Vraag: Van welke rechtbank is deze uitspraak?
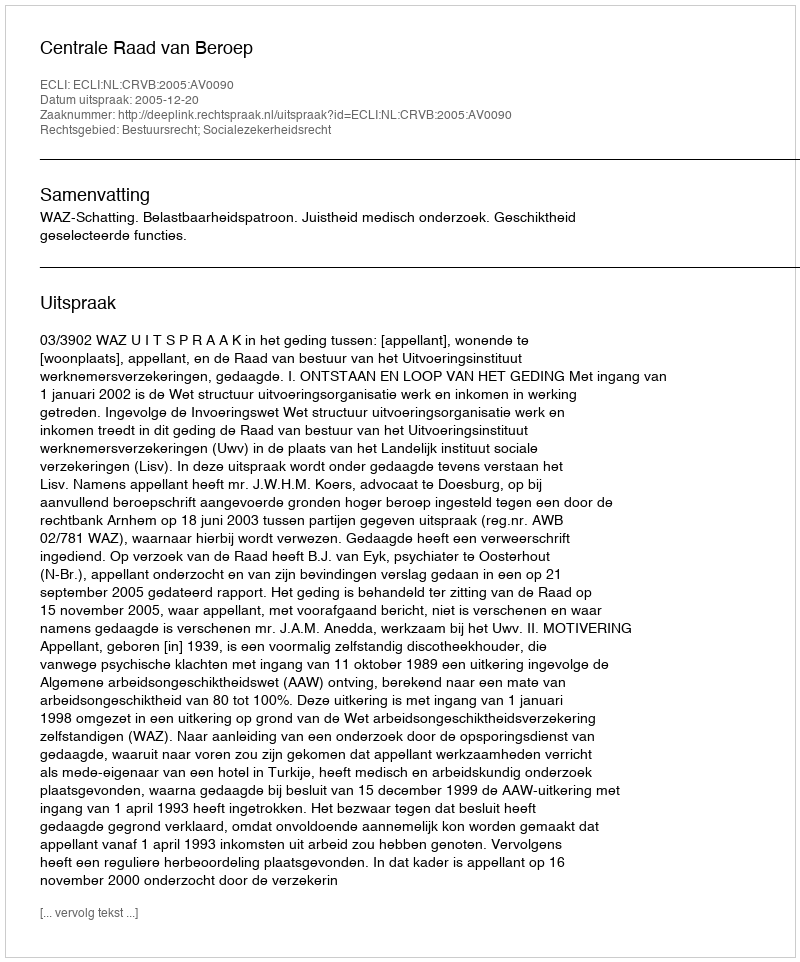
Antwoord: Centrale Raad van Beroep